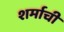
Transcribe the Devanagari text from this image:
शर्माची